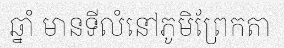
ឆ្នាំ មានទីលំនៅភូមិព្រែកតា